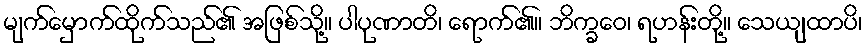
မျက်မှောက်ထိုက်သည်၏ အဖြစ်သို့။ ပါပုဏာတိ၊ ရောက်၏။ ဘိက္ခဝေ၊ ရဟန်းတို့။ သေယျထာပိ၊